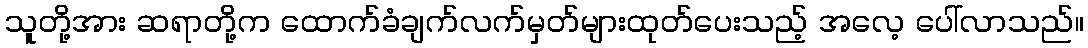
သူတို့အား ဆရာတို့က ထောက်ခံချက်လက်မှတ်များထုတ်ပေးသည့် အလေ့ ပေါ်လာသည်။